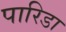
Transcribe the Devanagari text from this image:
पारिडा